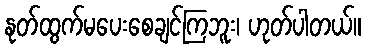
နုတ်ထွက်မပေးစေချင်ကြဘူး၊ ဟုတ်ပါတယ်။